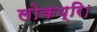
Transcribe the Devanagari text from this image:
लोकप्रि।